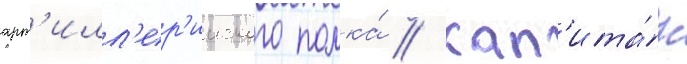
арт'илл'ер'ииского полка́ // Кап'ита́н